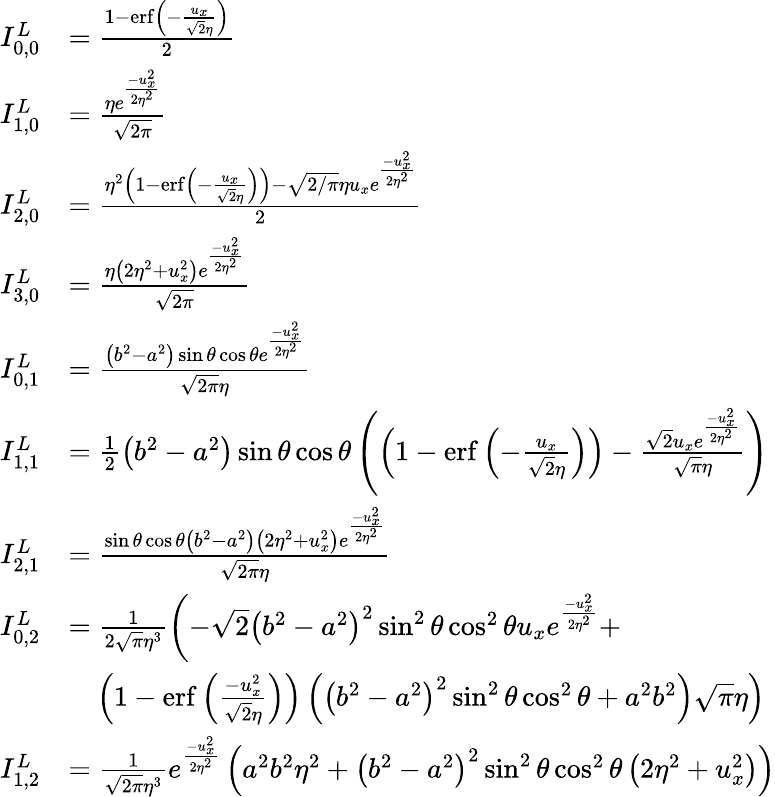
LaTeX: \begin{array}{rl}{I_{0,0}^{L}}&{=\frac{1-\operatorname{erf}\left(-\frac{u_{x}}{\sqrt{2}\eta}\right)}{2}}\\ {I_{1,0}^{L}}&{=\frac{\eta e^{\frac{-u_{x}^{2}}{2\eta^{2}}}}{\sqrt{2\pi}}}\\ {I_{2,0}^{L}}&{=\frac{\eta^{2}\left(1-\operatorname{erf}\left(-\frac{u_{x}}{\sqrt{2}\eta}\right)\right)-\sqrt{2/\pi}\eta u_{x}e^{\frac{-u_{x}^{2}}{2\eta^{2}}}}{2}}\\ {I_{3,0}^{L}}&{=\frac{\eta\left(2\eta^{2}+u_{x}^{2}\right)e^{\frac{-u_{x}^{2}}{2\eta^{2}}}}{\sqrt{2\pi}}}\\ {I_{0,1}^{L}}&{=\frac{\left(b^{2}-a^{2}\right)\sin\theta\cos\theta e^{\frac{-u_{x}^{2}}{2\eta^{2}}}}{\sqrt{2\pi}\eta}}\\ {I_{1,1}^{L}}&{=\frac{1}{2}\left(b^{2}-a^{2}\right)\sin\theta\cos\theta\left(\left(1-\operatorname{erf}\left(-\frac{u_{x}}{\sqrt{2}\eta}\right)\right)-\frac{\sqrt{2}u_{x}e^{\frac{-u_{x}^{2}}{2\eta^{2}}}}{\sqrt{\pi}\eta}\right)}\\ {I_{2,1}^{L}}&{=\frac{\sin\theta\cos\theta\left(b^{2}-a^{2}\right)\left(2\eta^{2}+u_{x}^{2}\right)e^{\frac{-u_{x}^{2}}{2\eta^{2}}}}{\sqrt{2\pi}\eta}}\\ {I_{0,2}^{L}}&{=\frac{1}{2\sqrt{\pi}\eta^{3}}\left(-\sqrt{2}\left(b^{2}-a^{2}\right)^{2}\sin^{2}\theta\cos^{2}\theta u_{x}e^{\frac{-u_{x}^{2}}{2\eta^{2}}}+\right.}\\ {\phantom{=\; \; }}&{\left.\quad\left(1-\operatorname{erf}\left(\frac{-u_{x}^{2}}{\sqrt{2}\eta}\right)\right)\left(\left(b^{2}-a^{2}\right)^{2}\sin^{2}\theta\cos^{2}\theta+a^{2}b^{2}\right)\sqrt{\pi}\eta\right)}\\ {I_{1,2}^{L}}&{=\frac{1}{\sqrt{2\pi}\eta^{3}}e^{\frac{-u_{x}^{2}}{2\eta^{2}}}\left(a^{2}b^{2}\eta^{2}+\left(b^{2}-a^{2}\right)^{2}\sin^{2}\theta\cos^{2}\theta\left(2\eta^{2}+u_{x}^{2}\right)\right)}\end{array}